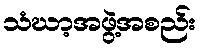
သံဃာ့အဖွဲ့အစည်း